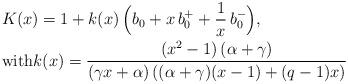
LaTeX: \begin{align*} & K(x) = 1 + k(x)\,\Big(b_0 + x \,b_0^+ + \frac1x \,b_0^-\Big),\\ & \mbox{with}k(x) = \frac{\left(x^2 - 1\right) \left(\alpha + \gamma\right)} {\left(\gamma x + \alpha\right)\left((\alpha + \gamma)(x - 1) + (q - 1)x \right)}\,\end{align*}